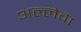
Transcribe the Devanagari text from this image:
अल्लेवा